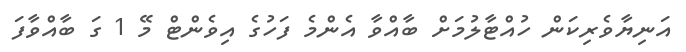
އަނިޔާވެރިކަން ހުއްޓާލުމަށް ބާއްވާ އެންމެ ފަހުގެ އިވެންޓް މޭ 1 ގަ ބާއްވާފަ